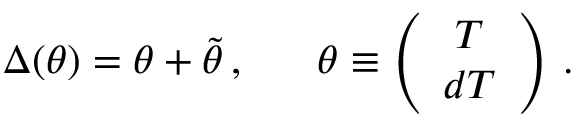
\Delta ( \theta ) = \theta + \tilde { \theta } \, , \ \ \ \ \ \theta \equiv \left( \begin{array} { c } { { T } } \\ { { d T } } \end{array} \right) \, .